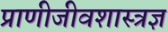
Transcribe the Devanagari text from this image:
प्राणीजीवशास्त्रज्ञ